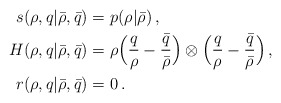
\begin{align*}\begin{aligned}s ( \rho, q | \bar \rho , \bar q) &= p (\rho | \bar \rho) \, ,\\H ( \rho, q | \bar \rho , \bar q) &= \rho \Big ( \frac{q}{\rho} - \frac{\bar q}{\bar \rho} \Big ) \otimes \Big ( \frac{q}{\rho} - \frac{\bar q}{\bar \rho} \Big ) \, , \\ r ( \rho, q | \bar \rho , \bar q) &= 0\, . \end{aligned}\end{align*}